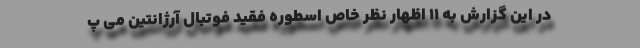
در این گزارش به ۱۱ اظهار نظر خاص اسطوره فقید فوتبال آرژانتین می پ